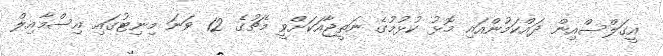
އީގަލްސްއިން ދައްކަމުންއައި މޮޅު ކުޅުމުގެ ނަތީޖާއަކަށްވީ މެޗުގެ 12 ވަނަ މިނިޓުގައި އިސްމާއިލް